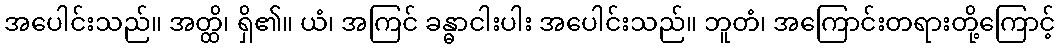
အပေါင်းသည်။ အတ္ထိ၊ ရှိ၏။ ယံ၊ အကြင် ခန္ဓာငါးပါး အပေါင်းသည်။ ဘူတံ၊ အကြောင်းတရားတို့ကြောင့်